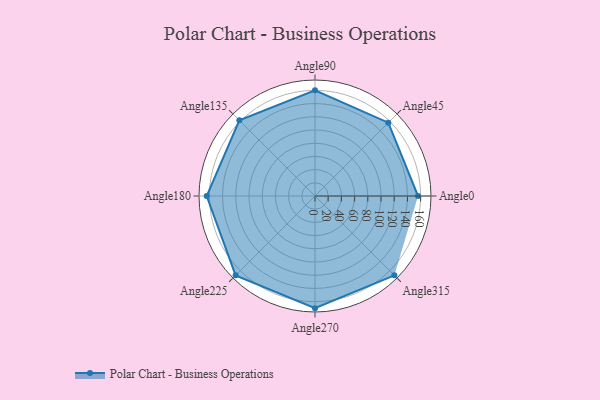
{"axis": {"x": "Angle", "y": "Radius"}, "legend": [""], "data": [{"x": "Angle0", "y": 156.0, "type": ""}, {"x": "Angle45", "y": 157.0, "type": ""}, {"x": "Angle90", "y": 160.0, "type": ""}, {"x": "Angle135", "y": 162.0, "type": ""}, {"x": "Angle180", "y": 164.0, "type": ""}, {"x": "Angle225", "y": 170, "type": ""}, {"x": "Angle270", "y": 170, "type": ""}, {"x": "Angle315", "y": 170, "type": ""}]}